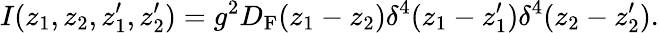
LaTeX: I(z_{1},z_{2},z_{1}^{\prime},z_{2}^{\prime})=g^{2}D_{\mathrm{F}}(z_{1}-z_{2})\delta^{4}(z_{1}-z_{1}^{\prime})\delta^{4}(z_{2}-z_{2}^{\prime}).